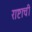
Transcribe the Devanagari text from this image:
राष्टाची